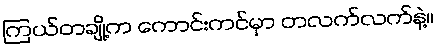
ကြယ်တချို့က ကောင်းကင်မှာ တလက်လက်နဲ့။